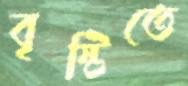
বৃষ্টিতে